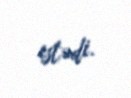
istədi.